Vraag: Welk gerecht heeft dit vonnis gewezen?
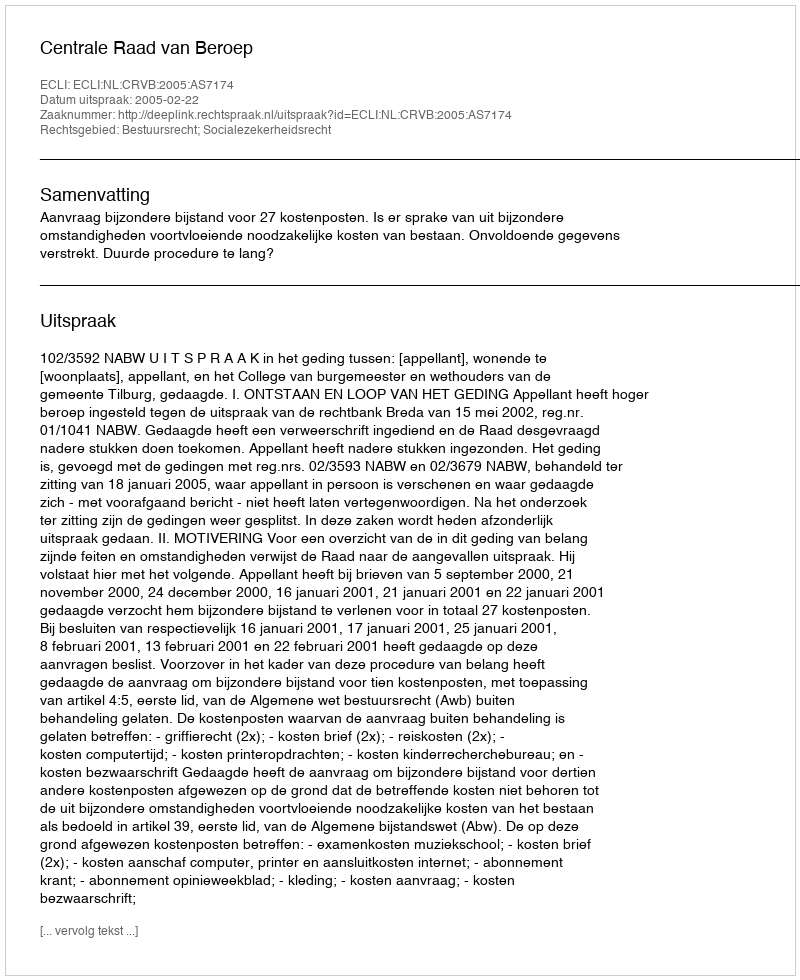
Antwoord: Centrale Raad van Beroep